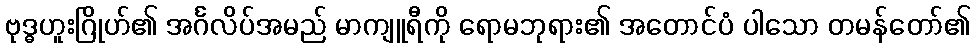
ဗုဒ္ဓဟူးဂြိုဟ်၏ အင်္ဂလိပ်အမည် မာကျူရီကို ရောမဘုရား၏ အတောင်ပံ ပါသော တမန်တော်၏